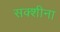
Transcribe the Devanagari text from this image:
सक्शीना